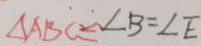
\Delta A B C \cong \angle B = \angle E